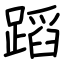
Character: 蹈